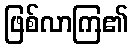
ဖြစ်လာကြ၏